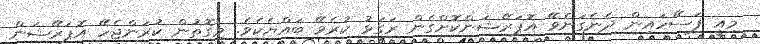
މިއީ ފަސޭހައިން ދެނެގަނެވޭ އޮޕަރޭޝަންކޮށްގެން ރަގަޅު ކުރެވޭ ބައްޔެކެވެ. މިގޮތުން ކުރަންޖެހޭ އޮޕަރޭޝަން